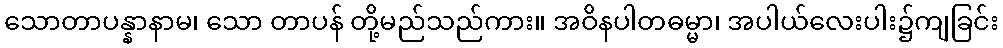
သောတာပန္နာနာမ၊ သော တာပန် တို့မည်သည်ကား။ အဝိနပါတဓမ္မာ၊ အပါယ်လေးပါး၌ကျခြင်း